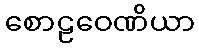
စောဠဝေဏိယာ